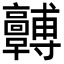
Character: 𩫯